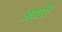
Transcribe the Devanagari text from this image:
अादी